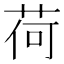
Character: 荷